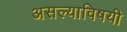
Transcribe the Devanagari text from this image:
असल्याविषयी